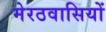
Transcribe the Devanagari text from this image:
मेरठवासियों